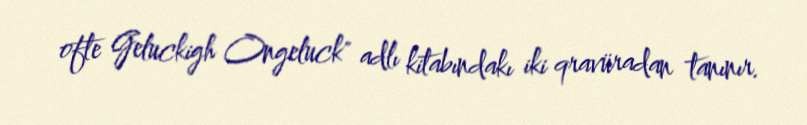
ofte Geluckigh Ongeluck" adlı kitabındakı iki qravüradan tanınır.